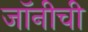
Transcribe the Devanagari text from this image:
जॉनीची